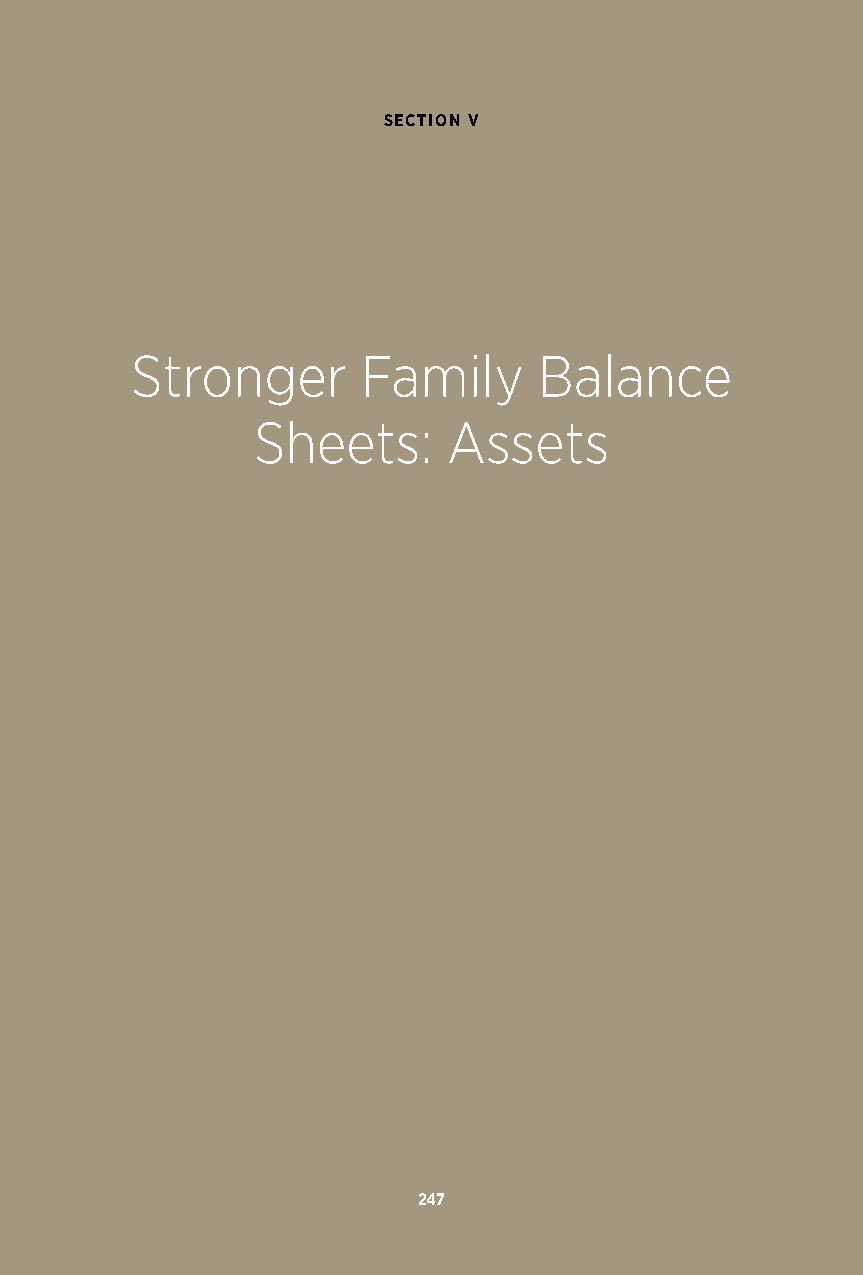
SECTION V
 Stronger       Family      Balance
 Sheets:      Assets
 247